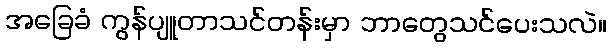
အခြေခံ ကွန်ပျူတာသင်တန်းမှာ ဘာတွေသင်ပေးသလဲ။